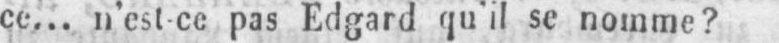
ce... n’est-ce pas Edgard qu’il se nomme?